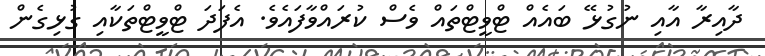
ދާއިރާ އާއި ނުގުޅޭ ބައެއް ޓްވީޓްތައް ވެސް ކުރައްވާފައެވެ. އެފަދަ ޓްވީޓްތަކާއި ގުޅިގެން